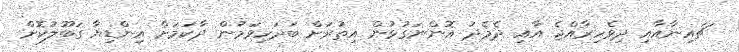
ޗައިނާއާއި ދިވެހިރާއްޖެ އާއި ދެމެދު އޮންނަގުޅުން އިތުރަށް ބަދަހިވަމުން ދާކަމަށް އިންޑިޔާ ގަބޫލުކޮށް